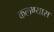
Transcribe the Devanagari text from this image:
कलण्यास